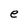
Character: e